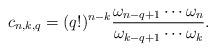
LaTeX: \begin{align*} c_{n,k,q} = (q!)^{n-k} \frac{\omega_{n-q+1}\cdots \omega_n}{\omega_{k-q+1}\cdots \omega_{k}}.\end{align*}